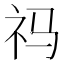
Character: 祃